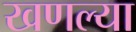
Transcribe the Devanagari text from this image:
खणल्या